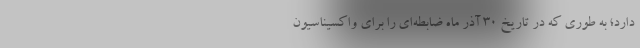
دارد؛ به طوری که در تاریخ ۳۰ آذر ماه ضابطه‌ای را برای واکسیناسیون